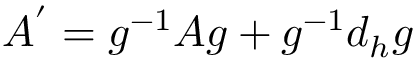
A ^ { ' } = g ^ { - 1 } A g + g ^ { - 1 } d _ { h } g